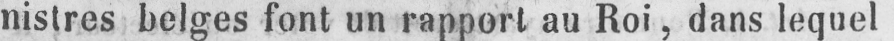
nistres belges font un rapport au Roi, dans lequel